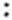
: